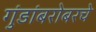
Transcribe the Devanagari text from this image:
गुंडांबरोबरचे